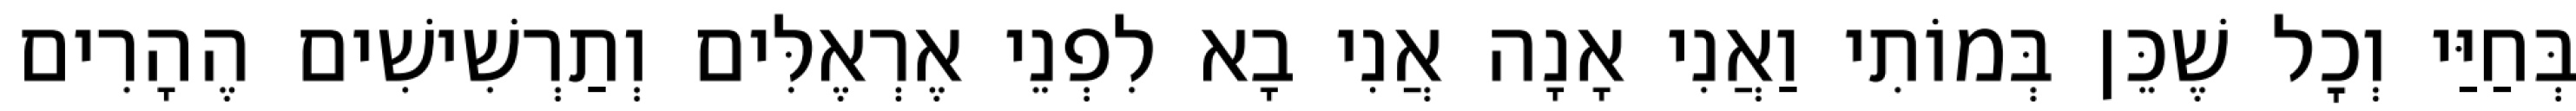
בְּחַיַּי וְכׇל שֶׁכֵּן בְּמוֹתִי וַאֲנִי אָנָה אֲנִי בָא לִפְנֵי אֶרְאֶלִּים וְתַרְשִׁישִׁים הֶהָרִים